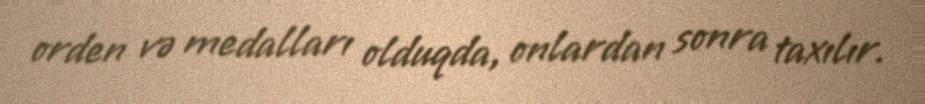
orden və medalları olduqda, onlardan sonra taxılır.